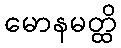
မောနမတ္ထိ